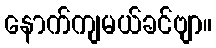
နောက်ကျမယ်ခင်ဗျာ။